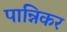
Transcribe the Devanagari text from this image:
पान्निकर